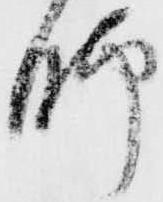
脚